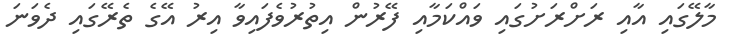
މާލޭގައި އާއި ރަށްރަށުގައި ވައްކަމާއި ފޭރުން އިތުރުވެފައިވާ އިރު އޭގެ ތެރޭގައި ދެވަނަ